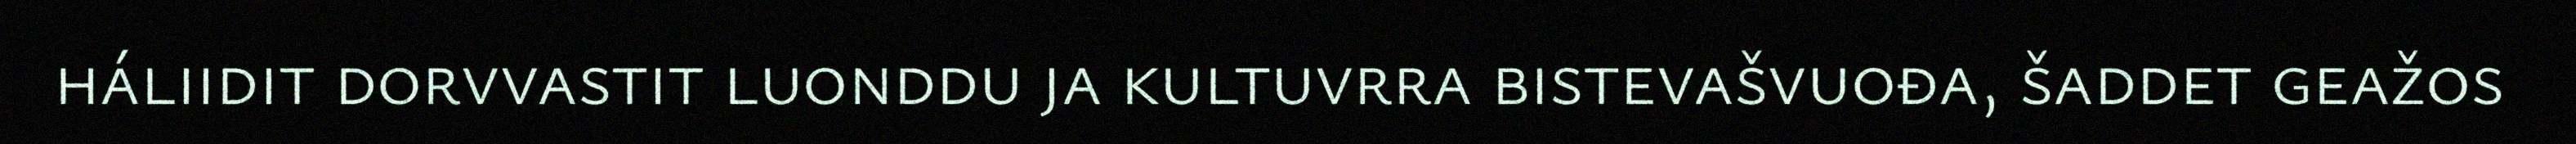
háliidit dorvvastit luonddu ja kultuvrra bistevašvuođa, šaddet geažos